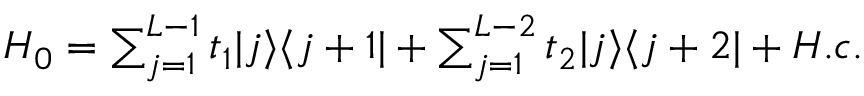
\begin{array} { r } { H _ { 0 } = \sum _ { j = 1 } ^ { L - 1 } t _ { 1 } | j \rangle \langle j + 1 | + \sum _ { j = 1 } ^ { L - 2 } t _ { 2 } | j \rangle \langle j + 2 | + H . c . } \end{array}